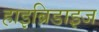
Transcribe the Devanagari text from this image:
हाइब्रिडाइज